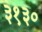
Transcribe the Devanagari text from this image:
३१३०